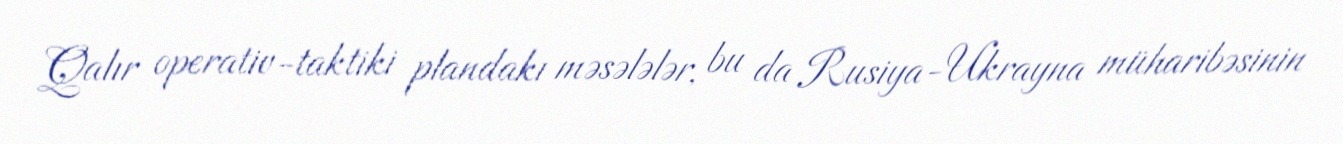
Qalır operativ-taktiki plandakı məsələlər, bu da Rusiya-Ukrayna müharibəsinin